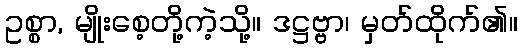
ဥစ္စာ, မျိုးစေ့တို့ကဲ့သို့။ ဒဋ္ဌဗ္ဗာ၊ မှတ်ထိုက်၏။